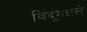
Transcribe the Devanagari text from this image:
बिंदूंमधले